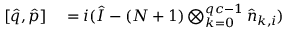
\begin{array} { r l } { [ \hat { q } , \hat { p } ] } & { { } = i ( \hat { I } - ( N + 1 ) \bigotimes _ { k = 0 } ^ { q c - 1 } \hat { n } _ { k , i } ) } \end{array}